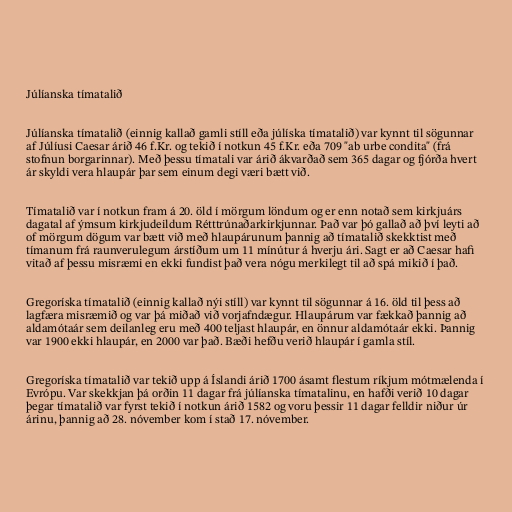
Júlíanska tímatalið

Júlíanska tímatalið (einnig kallað gamli stíll eða júlíska tímatalið) var kynnt til sögunnar
af Júlíusi Caesar árið 46 f.Kr. og tekið í notkun 45 f.Kr. eða 709 "ab urbe condita" (frá
stofnun borgarinnar). Með þessu tímatali var árið ákvarðað sem 365 dagar og fjórða hvert
ár skyldi vera hlaupár þar sem einum degi væri bætt við.

Tímatalið var í notkun fram á 20. öld í mörgum löndum og er enn notað sem kirkjuárs
dagatal af ýmsum kirkjudeildum Rétttrúnaðarkirkjunnar. Það var þó gallað að því leyti að
of mörgum dögum var bætt við með hlaupárunum þannig að tímatalið skekktist með
tímanum frá raunverulegum árstíðum um 11 mínútur á hverju ári. Sagt er að Caesar hafi
vitað af þessu misræmi en ekki fundist það vera nógu merkilegt til að spá mikið í það.

Gregoríska tímatalið (einnig kallað nýi stíll) var kynnt til sögunnar á 16. öld til þess að
lagfæra misræmið og var þá miðað við vorjafndægur. Hlaupárum var fækkað þannig að
aldamótaár sem deilanleg eru með 400 teljast hlaupár, en önnur aldamótaár ekki. Þannig
var 1900 ekki hlaupár, en 2000 var það. Bæði hefðu verið hlaupár í gamla stíl.

Gregoríska tímatalið var tekið upp á Íslandi árið 1700 ásamt flestum ríkjum mótmælenda í
Evrópu. Var skekkjan þá orðin 11 dagar frá júlíanska tímatalinu, en hafði verið 10 dagar
þegar tímatalið var fyrst tekið í notkun árið 1582 og voru þessir 11 dagar felldir niður úr
árinu, þannig að 28. nóvember kom í stað 17. nóvember.